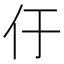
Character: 㐵